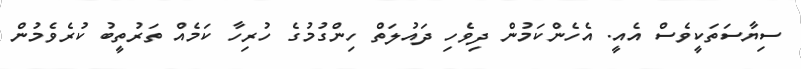
ސިޔާސަތަކީވެސް އެއީ. އެހެންކަމުން ދިވެހި ދައުލަތް ހިންގުމުގެ ހުރިހާ ކަމެއް ތަރުތީބު ކުރެވެމުން